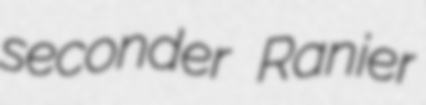
seconder Ranier